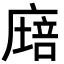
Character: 𢊫